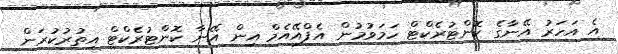
އެ އަހަރު އޭނާގެ ކޮންޓުރެކްޓް ހަމަވުމުން އެފްއޭއެމް އިން އޭނާ ކޮންޓުރެކްޓް އިތުރުކުރަން